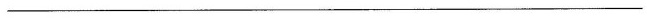
__________